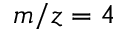
m / z = 4